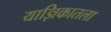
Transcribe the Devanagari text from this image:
याज्ञिकातला